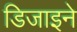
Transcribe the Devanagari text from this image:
डिजाइने